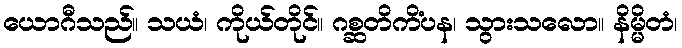
ယောဂီသည်။ သယံ၊ ကိုယ်တိုင်။ ဂစ္ဆတိကိံပန၊ သွားသလော။ နိမ္မိတံ၊